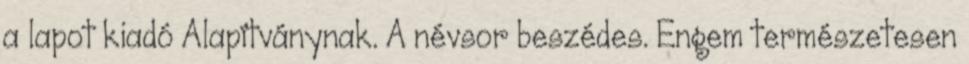
a lapot kiadó Alapítványnak. A névsor beszé­des. Engem természetesen